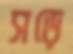
সড়ে